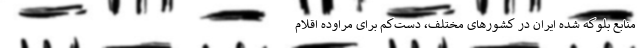
منابع بلوکه شده ایران در کشورهای مختلف، دست‌کم برای مراوده اقلام